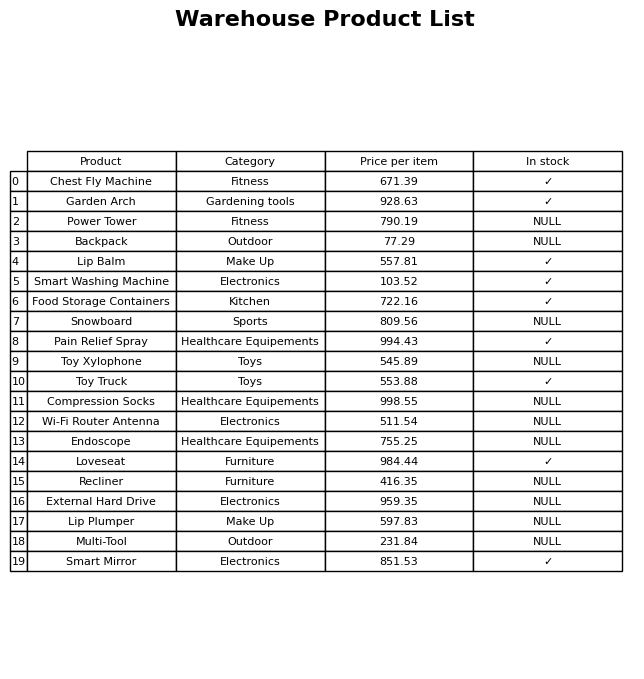
question: What is the price for Endoscope?
answer: The price of Endoscope is 755.25.